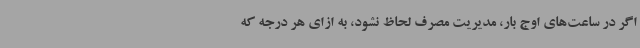
اگر در ساعت‌های اوج بار، مدیریت مصرف لحاظ نشود، به ازای هر درجه که